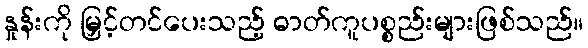
နှုန်းကို မြှင့်တင်ပေးသည့် ဓာတ်ကူပစ္စည်းများဖြစ်သည်။